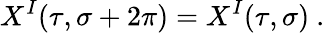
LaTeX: X^{I}(\tau,\sigma+2\pi)=X^{I}(\tau,\sigma)~.